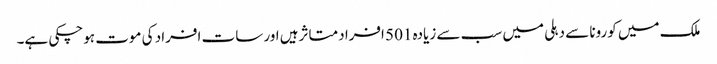
ملک میں کورونا سے دہلی میں سب سے زیادہ 501 افراد متاثرہیں اور سات افراد کی موت ہوچکی ہے۔